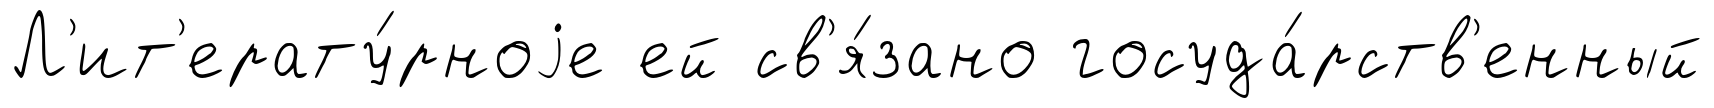
Л'ит'ерату́рноjе ей св'я́зано госуда́рств'енный